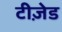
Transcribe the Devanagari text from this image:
टीज़ेड